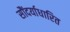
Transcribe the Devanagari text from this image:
सौंदर्याधारित